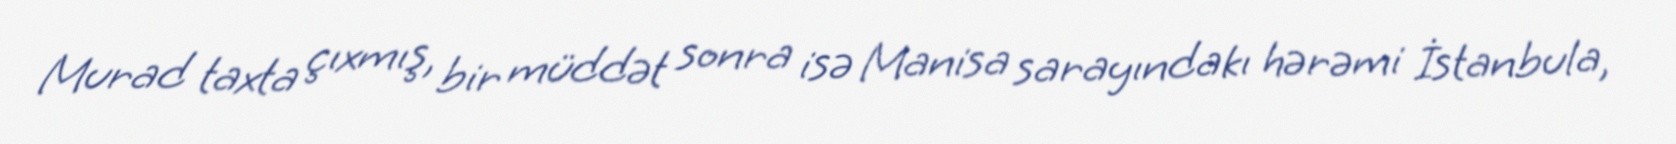
Murad taxta çıxmış, bir müddət sonra isə Manisa sarayındakı hərəmi İstanbula,